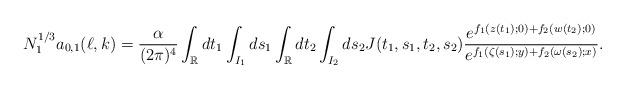
LaTeX: \begin{align*}N_1^{1/3}a_{0,1}(\ell,k)=\frac{\alpha}{(2\pi)^4}\int_{\mathbb{R}}dt_1\int_{I_1}ds_1\int_{\mathbb{R}}dt_2\int_{I_2}ds_2J(t_1,s_1,t_2,s_2)\frac{e^{f_1(z(t_1);0)+f_2(w(t_2);0)}}{e^{f_1(\zeta(s_1);y)+f_2(\omega(s_2);x)}}.\end{align*}